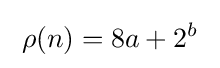
\;\rho (n)=8a+2^{b}\;